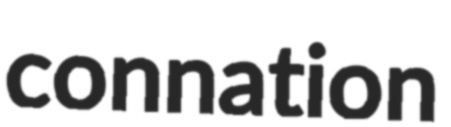
connation